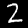
Digit: 2